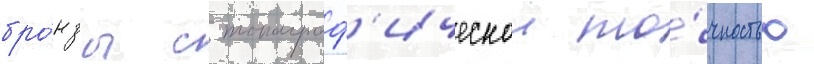
бро́нзы с топограф'ическои то́чностью